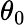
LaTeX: \theta_{0}